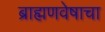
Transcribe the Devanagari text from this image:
ब्राह्मणवेषाचा